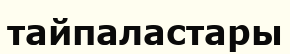
тайпаластары